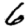
Digit: 6